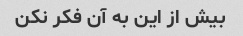
بیش از این به آن فکر نکن